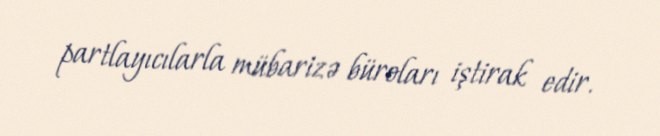
partlayıcılarla mübarizə büroları iştirak edir.